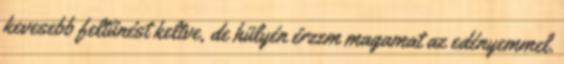
kevesebb feltűnést keltve, de hülyén érzem magamat az edényemmel.